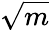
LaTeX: \sqrt{m}